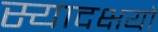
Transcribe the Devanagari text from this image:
स्यादक्षयो